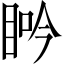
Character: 𥆽